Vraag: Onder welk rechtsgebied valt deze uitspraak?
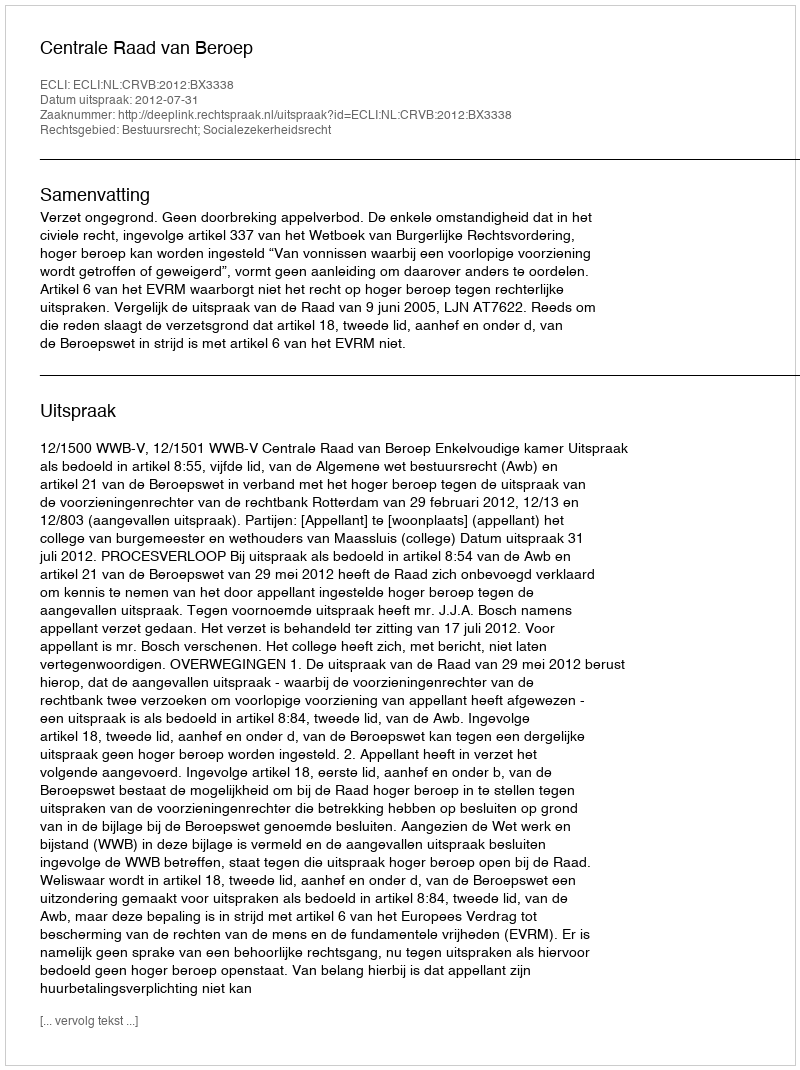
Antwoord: Bestuursrecht; Socialezekerheidsrecht